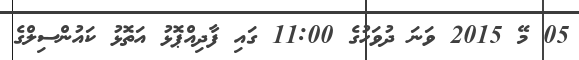
05 މޭ 2015 ވަނަ ދުވަހުގެ 11:00 ގައި ފާދިއްޕޮޅު އަތޮޅު ކައުންސިލްގެ